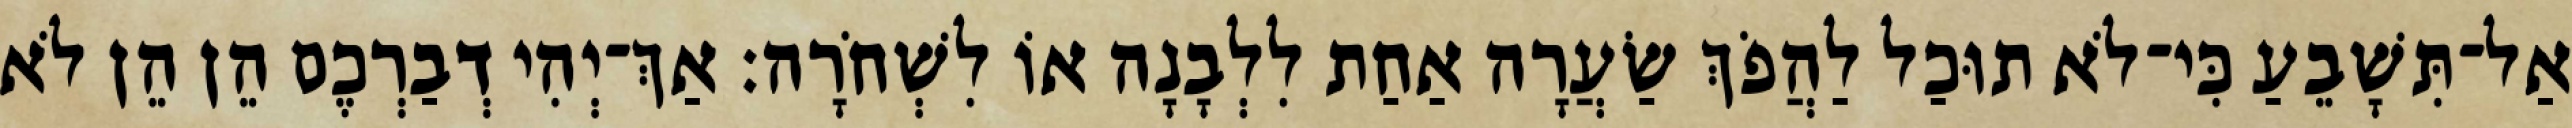
אַל־תִּשָׁבֵעַ כִּי־לֹא תוּכַל לַהֲפֹךְ שַׂעֲרָה אַחַת לִלְבָנָה אוֹ לִשְׁחֹרָה׃ אַךְ־יְהִי דְבַרְכֶם הֵן הֵן לֹא